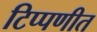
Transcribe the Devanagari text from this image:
टिप्पणीत